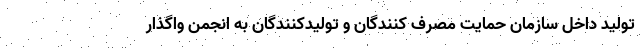
تولید داخل سازمان حمایت مصرف کنندگان و تولیدکنندگان به انجمن واگذار